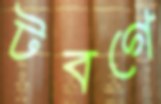
টবগে